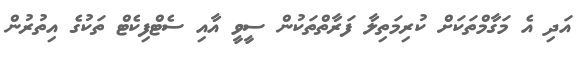
އަދި އެ މަގާމްތަކަށް ކުރިމަތިލާ ފަރާތްތަކުން ސީވީ އާއި ސެޓްފިކެޓް ތަކުގެ އިތުރުން